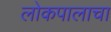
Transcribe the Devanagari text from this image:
लोकपालाचा